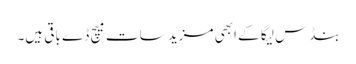
بنڈس لیگا کے ابھی مزید سات میچ ڈے باقی ہیں۔